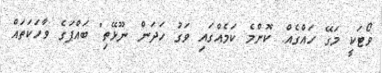
ވޯޓަކީ މަގޭ ހައްގެއް. ކޮންމެ ކަމެއްގައި ވަގު ހަދަން ނޫޅޭތި" ބައްޕަގެ ވާހަކަތައް